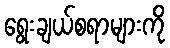
ရွေးချယ်စရာများကို